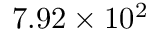
7 . 9 2 \times 1 0 ^ { 2 }